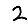
Digit: 2